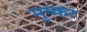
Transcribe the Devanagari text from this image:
मुष्कर